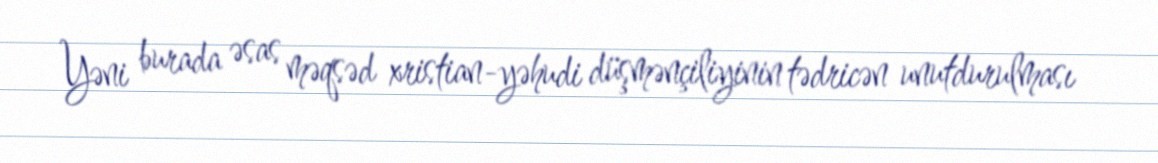
Yəni burada əsas məqsəd xristian-yəhudi düşmənçiliyinin tədricən unutdurulması